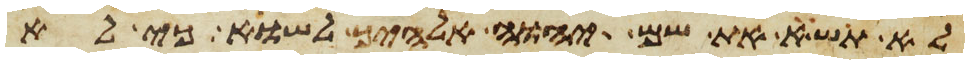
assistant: לא תשא את שם יהוה אלהיך לשוא כי לא